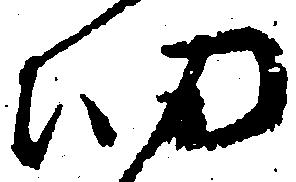
細